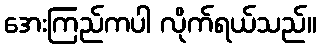
အေးကြည်ကပါ လိုက်ရယ်သည်။